Leprosy in India: report of the Leprosy Commission in India, 1890-91
Year: 1890
Disease focus: Leprosy
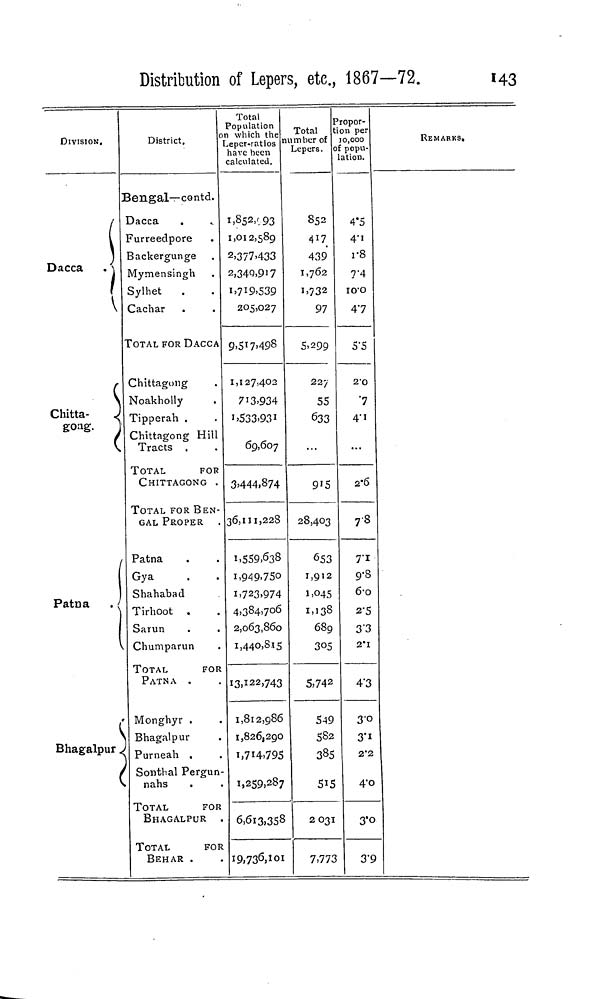
Distribution of Lepers, etc., 1867—72.
143
DIVISION.
Dacca
V
Chitta-
gong,
Patna
.
Bhagalpur
(
District,
Bengal—contd.
Dacca
Furreedpore
Backergunge
Mymensingh
Sylhet
Cachar
TOTAL FOR DACCA
Chittagoiig
Noakholly
Tipperah .
Chittagong Hill
Tracts .
TOTAL
FOR
CHITTAGONG .
TOTAL FOR BEN-
GAL PROPER
Patna
Gya
Shahabad
Tirhoot .
Sarun
Chumparun
TOTAL
FOR
PATNA .
Monghyr .
Bhagalpur
Purneah .
Sonthal Pergun
nahs
TOTAL
FOR
BHAGALPUR .
TOTAL
FOR
BEHAR .
Total
Population
n which the
Leper-ratios
have been
calculated.
1,.852,93
1,012,589
2>377.433
2,349.917
1,719,539
205,027
9,517,498
1,127,402
713,934
1,533,931
69,607
3,444,874
36,111,228
1,559,638
1,949,750
1,723.974
4,384,706
2,063,860
1,440,815
13,122,743
1,812,986
1,826,290
1,714,795
1,259,287
6,613,358
19,736,101
Total
number of
Lepers.
852
417
439
1,762
1,732
97
5,299
227
55
633
91 5
28,403
653
1,912
1,045
1,138
689
305
5,742
549
582
385
515
2031
7.773
Propor-
on per
10,000
popu-
lation.
4*5
4.'1
1.8
7.4
10.0
47
5.5
2.O
.7
4.1
...
2.6
78
7.1
9.-8
6.0
2.5
3.3
2.1
4.3
30
3.1
2.2
4.0
3.0
3.9
REMARKS.